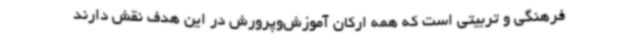
فرهنگی و تربیتی است که همه ارکان آموزش‌وپرورش در این هدف نقش دارند